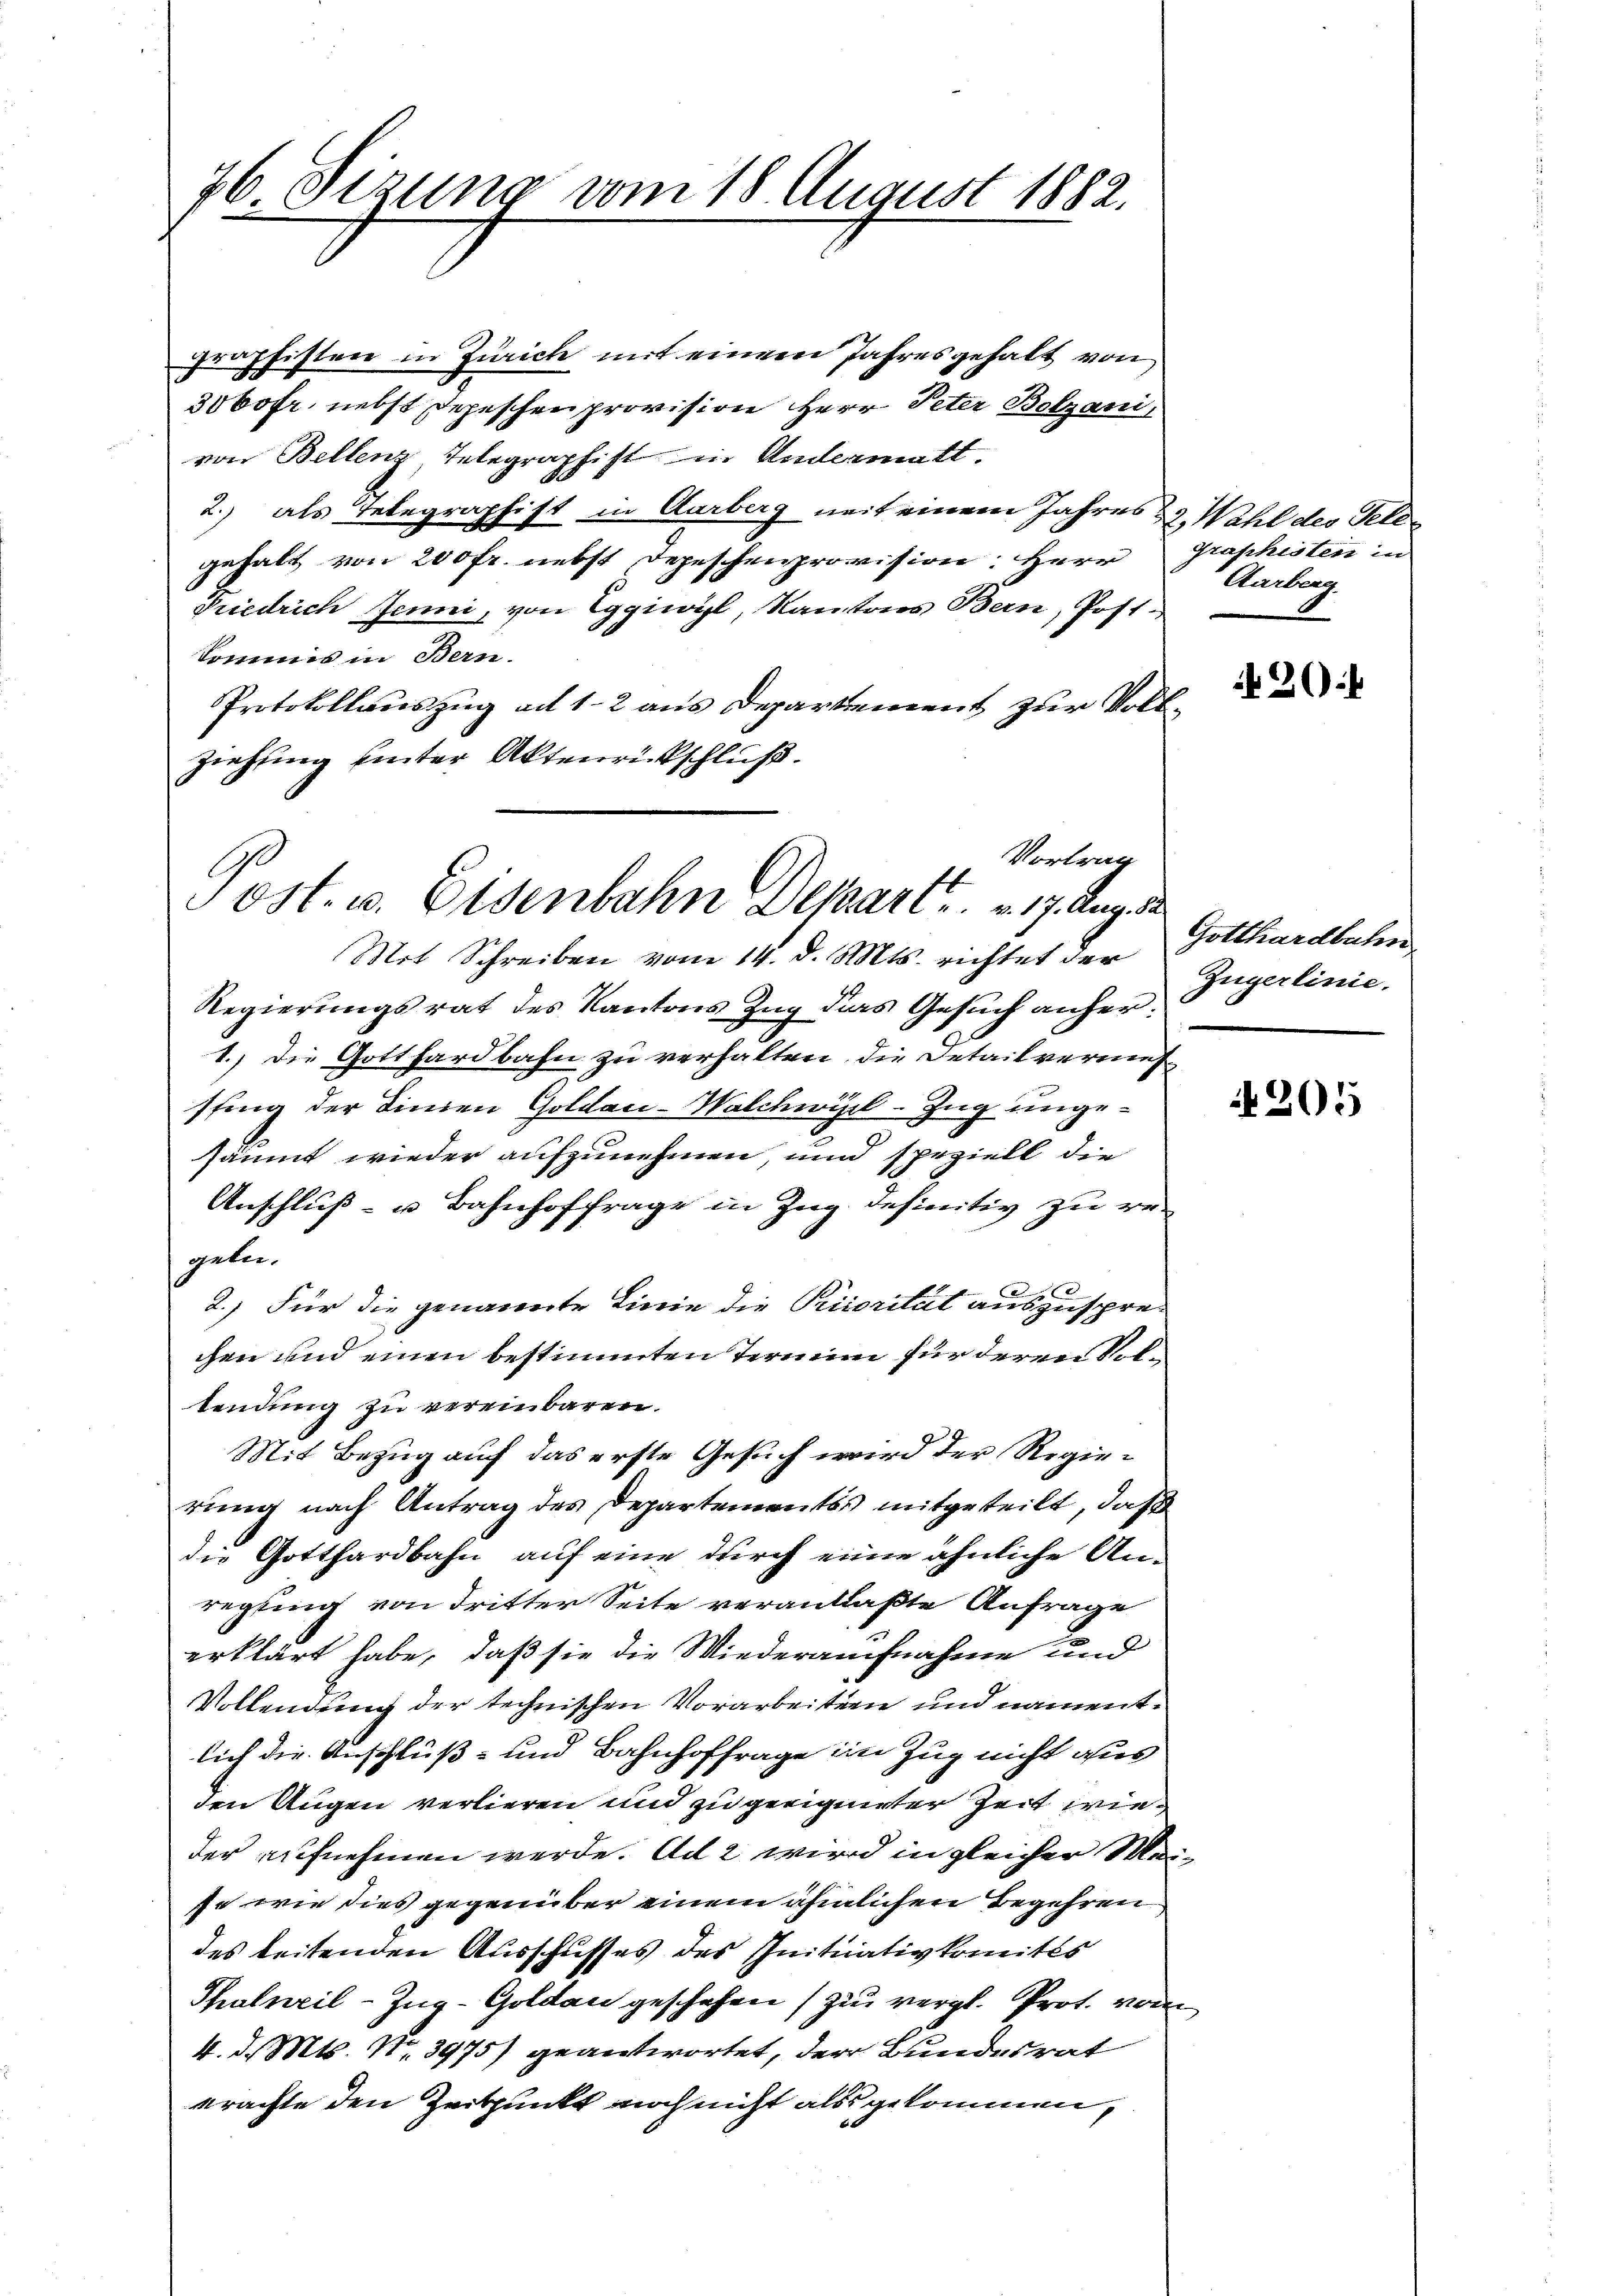
76 Sizung vom 18. August 1882.

graphisten in Zürich mit einem Jahresgehalt von
300fr. nebst depeschen provision Herr Peter Bolzani,
von Bellenz, Telegraphist in Andermatt.
2.) als Telegraphist in Aarberg mit einem Jahres & Wahl des Telegehalt von 200 fr. nebst Depeschenprovision. Herr
Friedrich Jenni, von Eggiwyl, Kantons Bern, Post-
kommis in Bern.
Protokollauszug ad 12 aus Departement zur Voll
ziehung hinter Aktenrückschluß.
Mit Schreiben vom 14. d. Mts. richtet der
Regierungsrat des Kantons Zug das Gesuch anher¬
1.) Die Gotthardbahn zu verhalten, die Detailvermessting der Linien Goldau-Walchwil-Zug ungesäumt wieder aufzunehmen, und speziell die
Anschluß- u Bahnhoffrage in Zug definitiv zu regeben.
2.) Für die genannte Linie die Priorität auszusprechen und einen bestimmten Termini für deren Voltendung zu vereinbaren.
Mit Bezug auf das erste Gesuch wird der Regierung nach Antrag des Departements mitgeteilt, daß
die Gotthardbahn auf eine durch eine ähnliche Anregung von dritter Seite veranlaßte Anfrage
erklärt habe, daß sie die Wiederaufnahme und
Vollendung der technischen Vorarbeitern und namentlich die Anschluß- und Bahnhoffrage im Zug nicht aus
den Augen verlieren und zu geeigneter Zeit wieder aufnehmen werde. Ad 2 wird in gleicher Mese wie dies gegenüber einem ähnlichen Begehren
des beitenden Ausschusses des Initiativkomités
Thalweil-Zŭg-Goldau geschehen (zu vergl. Prot. von
4. d. Mts. N. 3975) geantwortet, der Bundesrat
erachte den Zeitpunkte noch nicht alss gekommen,

Vortrag
Post. u. Eisenbahn Depart . . . 17. Aug. 12.

graphisten in
Karburg

1

¬

2

20:

Gotthardbahn
Zugerlinie.

4205